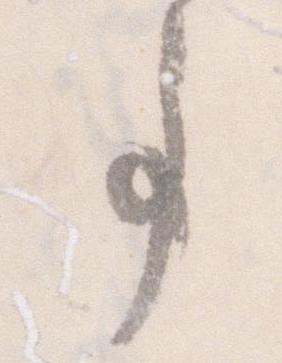
事